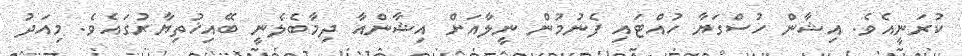
ކުރަނީއެވެ. އިޝާން ހުސްގަޔާ ހުއްޓައި ފެނުމުން ނީލާއަށް އިޝާންއާ ދިމާބެލެނީ ބޭއިޚުތިޔާރުގައެވެ. މިއަދު